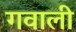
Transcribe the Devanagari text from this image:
गवाली